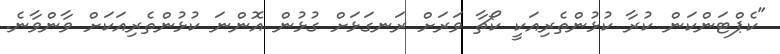
"ކެޕްޓަންކަން ކުރާ ކުޅުންތެރިއަކީ ކޯޗާ ވަރަށް ރަނގަޅަށް ގުޅުން އޮންނަ ކުޅުންތެރިއަކަށް ވާންވާނެ.